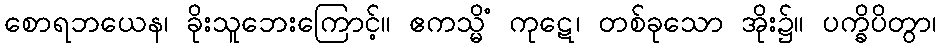
စောရဘယေန၊ ခိုးသူဘေးကြောင့်။ ဧကသ္မိံ ကုဋေ၊ တစ်ခုသော အိုး၌။ ပက္ခိပိတွာ၊